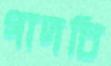
গাদচি